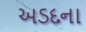
અડદના